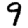
Digit: 9